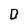
Character: D